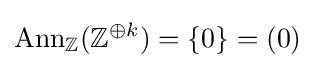
{\text{Ann}}_{\mathbb {Z} }(\mathbb {Z} ^{\oplus k})=\{0\}=(0)